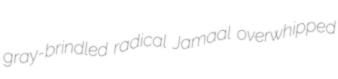
gray-brindled radical Jamaal overwhipped